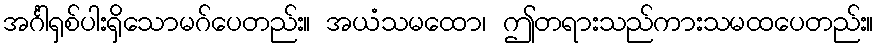
အင်္ဂါရှစ်ပါးရှိသောမဂ်ပေတည်း။ အယံသမထော၊ ဤတရားသည်ကားသမထပေတည်း။